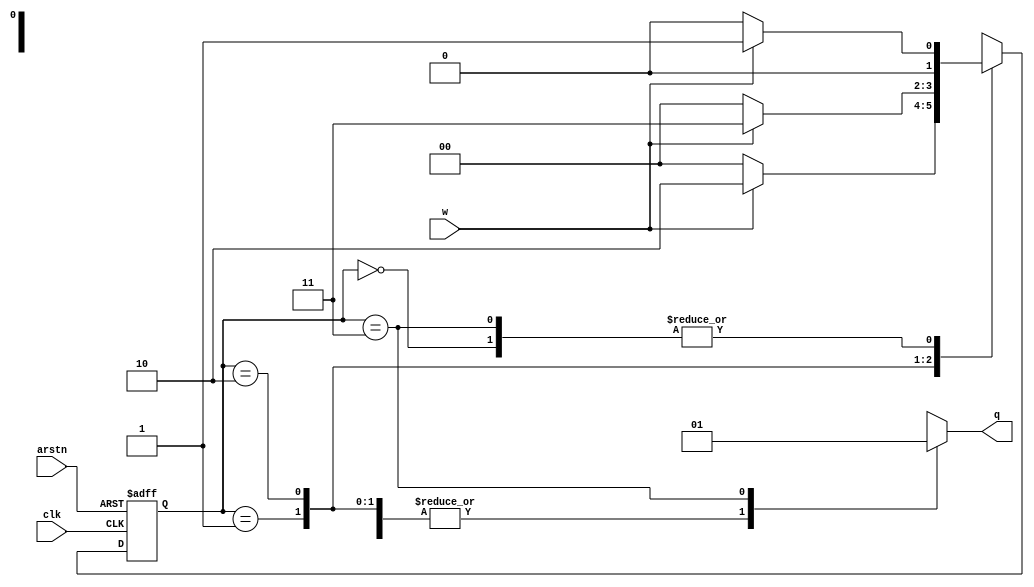
`timescale 1ns / 1ps
//////////////////////////////////////////////////////////////////////////////////
// Company: 
// Engineer: 
// 
// Design Name: 
// Module Name: Fsm111
// Project Name: 
// Target Devices: 
// Tool Versions: 
// Description: 
// 
// Dependencies: 
// 
// Revision:
// Revision 0.01 - File Created
// Additional Comments:
// 
//////////////////////////////////////////////////////////////////////////////////


module Fsm(input w,clk,arstn,output reg q);
parameter s0=2'b00,s1=2'b01,s2=2'b10,s3=2'b11;
reg [1:0] c_state,n_state;

always @(posedge clk,negedge arstn)
    begin
        if(~arstn) c_state<=s0;
        else 
            c_state<=n_state;
    end

always @(*)
    begin
        case(c_state)
            s0: n_state=w?s1:s0;
            s1: n_state=w?s2:s0;
            s2: n_state=w?s3:s0;
            s3: n_state=w?s1:s0; 
         endcase  
    end
    
    
 always @(c_state)
    begin
        case(c_state)
           s0:q=0;
           s1:q=0;
           s2:q=0;
           s3:q=1;
        endcase
    end
    
 
endmodule